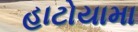
હાટોયામા